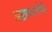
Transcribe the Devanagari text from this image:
अष्टप्रधानांपैकी